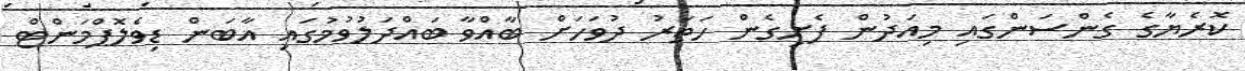
ކޮރެޔާގެ ގެންސަންގައި މިއަދުން ފެށިގެން ހަތަރު ދުވަހަށް ބާއްވާ ބައްދަލުވުމުގައި އާބަން ޑިވެލޮޕްމަންޓް